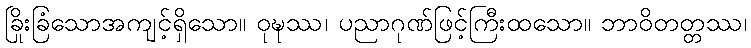
ခြိုးခြံသောအကျင့်ရှိသော။ ဝုဍ္ဎဿ၊ ပညာဂုဏ်ဖြင့်ကြီးထသော။ ဘာဝိတတ္တဿ၊